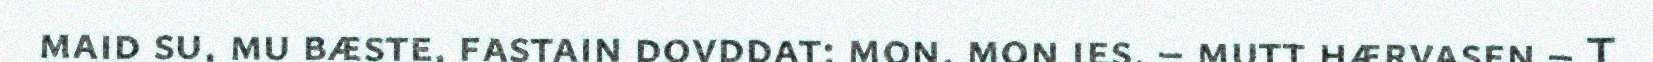
maid su, mu bæste, fastain dovddat; mon, mon jes, – mutt hærvasen – T